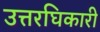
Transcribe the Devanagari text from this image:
उत्तरघिकारी